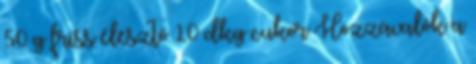
50 g friss élesztő 10 dkg cukor Hozzávalók a